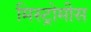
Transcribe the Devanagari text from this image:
मिस्ट्रोमीस